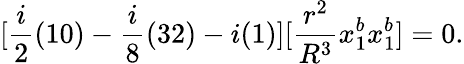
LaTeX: [\frac{i}{2}(10)-\frac{i}{8}(32)-i(1)][\frac{r^{2}}{R^{3}}x_{1}^{b}x_{1}^{b}]=0.